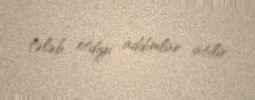
tələb etdiyi addımlar atılır.